Scottish Certificate of Education, 1962
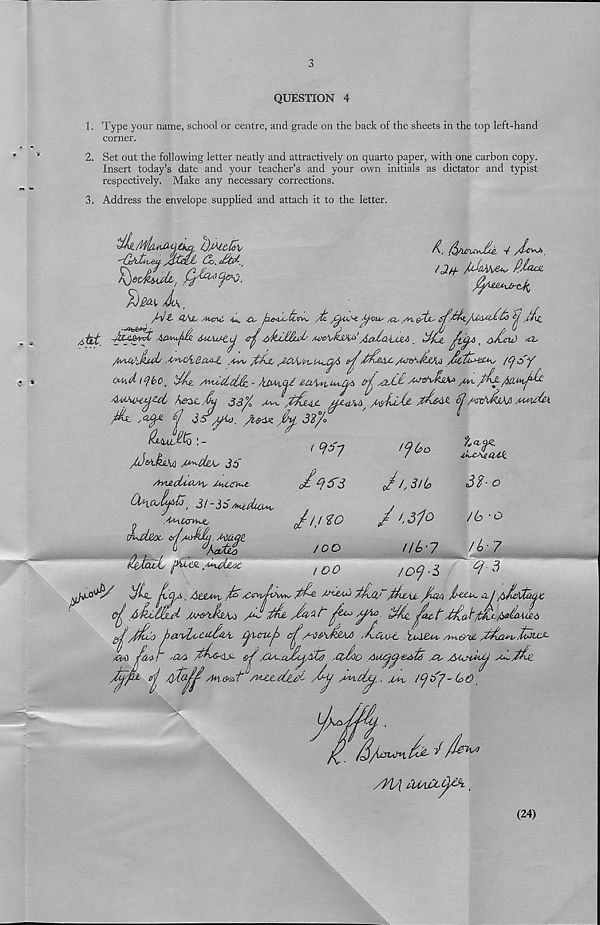
3
QUESTION 4
1. Type your name, school or centre, and grade on the back of the sheets in the top left-hand
corner.
2. Set out the following letter neatly and attractively on quarto paper, with one carbon copy.
Insert today’s date and your teacher’s and your own initials as dictator and typist
respectively. Make any necessary corrections.
3. Address the envelope supplied and attach it to the letter.
^
-/ /tc^>
ft,laoL
1 /l/^ <Z\SL Aua^ /t*v JX- fxe<^'iZ'Sv^ /ic
A^oiu
i A'i r t£rtjL'
.ifm
itet
/4Avu /^
‘tdtiifiul'
AcUaixsit. ^Lt
, ajtcu) ^
/UAXtS^ibob .'O'^cA.e.a/ul ^
^/Ur&iJtMvi /£ctu*i£*^ /tfSy
W/i.d (tfbc ^ ^4. /v^dcC&i ■'
^sjUl£
/xl /A
AxUxiHUZtt hexL/Cu 3S% mJ/UuM i M'LU& rfAs&c bj /wJtJLKA Mxv&i
^ f 3* yio. /lee* jL 3tf/o
'
< 9^7
J^dtks 36'
AYi&oLLOAsi,
(X\a,i^to t 3i-3S/budia
r Anuge
K&tcuJu
t^x deoc
VH,
J9 trs
«/// ^
/OO
I DO
0>o
J I, 3! la
/ HP
Ut>-7
Pd*-
3$- o
/6 -o
lb - 7
9 3
Ia , Ae&in, p iCwhP* P-& jJ-’-tAA mImJ~PuAjL pati
a j /iMAtaqx
■I
/P
■oQ jd& r vl/l' l 3 L bAip P^'VCTxj)
_/p)Pi/hpAP /ApaPC l ljA£xv A^-&7p
/(%§ f a *’l~
XX^a£(^d^ tQsSoo AasycyeAti
[a
mx /yt>y-(oO'
AVI OiA/Xph.
(24)